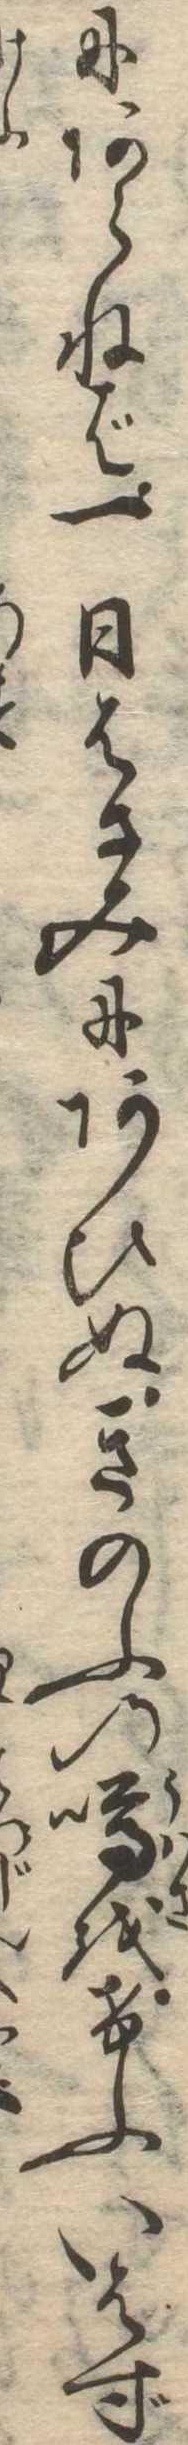
にあらねば一日はさみにあひぬきのふの噂をけふいはず